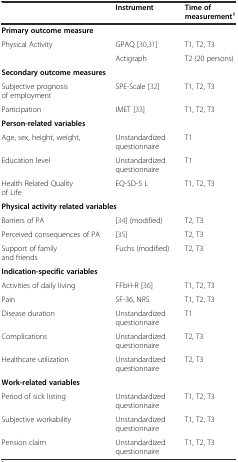
<table><thead><tr><td></td><td><b>Instrument</b></td><td><b>Time of measurement<sup>1</sup></b></td></tr></thead><tbody><tr><td colspan="3"><b>Primary outcome measure</b></td></tr><tr><td>Physical Activity</td><td>GPAQ [30, 31]</td><td>T1, T2, T3</td></tr><tr><td></td><td>Actigraph</td><td>T2 (20 persons)</td></tr><tr><td colspan="3"><b>Secondary outcome measures</b></td></tr><tr><td>Subjective prognosis of employment</td><td>SPE-Scale [32]</td><td>T1, T2, T3</td></tr><tr><td>Participation</td><td>IMET [33]</td><td>T1, T2, T3</td></tr><tr><td colspan="3"><b>Person-related variables</b></td></tr><tr><td>Age, sex, height, weight,</td><td>Unstandardized questionnaire</td><td>T1</td></tr><tr><td>Education level</td><td>Unstandardized questionnaire</td><td>T1</td></tr><tr><td>Health Related Quality of Life</td><td>EQ-5D-5 L</td><td>T1, T2, T3</td></tr><tr><td colspan="3"><b>Physical activity related variables</b></td></tr><tr><td>Barriers of PA</td><td>[34] (modified)</td><td>T2, T3</td></tr><tr><td>Perceived consequences of PA</td><td>[35]</td><td>T2, T3</td></tr><tr><td>Support of family and friends</td><td>Fuchs (modified)</td><td>T2, T3</td></tr><tr><td colspan="3"><b>Indication-specific variables</b></td></tr><tr><td>Activities of daily living</td><td>FFbH-R [36]</td><td>T1, T2, T3</td></tr><tr><td>Pain</td><td>SF-36, NRS</td><td>T1, T2, T3</td></tr><tr><td>Disease duration</td><td>Unstandardized questionnaire</td><td>T1</td></tr><tr><td>Complications</td><td>Unstandardized questionnaire</td><td>T2, T3</td></tr><tr><td>Healthcare utilization</td><td>Unstandardized questionnaire</td><td>T2, T3</td></tr><tr><td colspan="3"><b>Work-related variables</b></td></tr><tr><td>Period of sick listing</td><td>Unstandardized questionnaire</td><td>T1, T2, T3</td></tr><tr><td>Subjective workability</td><td>Unstandardized questionnaire</td><td>T1, T2, T3</td></tr><tr><td>Pension claim</td><td>Unstandardized questionnaire</td><td>T1, T2, T3</td></tr></tbody></table>